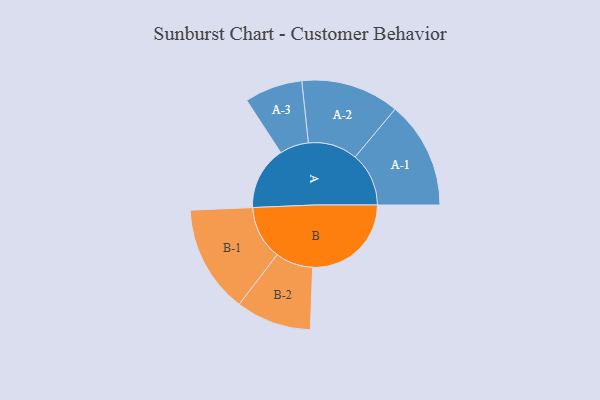
{"axis": {"x": "Segment", "y": "Value"}, "legend": ["", "A", "B"], "data": [{"x": "A", "y": 313, "type": ""}, {"x": "B", "y": 487, "type": ""}, {"x": "A-1", "y": 265, "type": "A"}, {"x": "A-2", "y": 243, "type": "A"}, {"x": "A-3", "y": 143, "type": "A"}, {"x": "B-1", "y": 266, "type": "B"}, {"x": "B-2", "y": 186, "type": "B"}]}